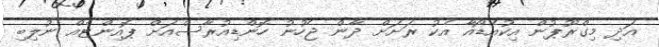
އަދި މިގްރޫޕުން އިކުއެޑޯއާ އެކު ރަށަށް ދާން ޖެހުނު ހޮންޑިއުރާސްއަށް ޕޮއިންޓެއް ނުލިބި